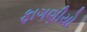
ફાગણીયો